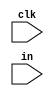
module assert_iverilog (clk,in);
 
// input & output
input clk;
input in;
 
// wire & reg;
// wire clk;
// wire in;
 
// inner wire & reg
 
/* none */
 
// always clause defined here
 
always @(posedge clk)
begin
	if(in == 1'bx) begin
		$display("assert happened in %m in=%d\n",in);
	end
	else if(in !== 1)
	begin
		$display("assert happened in %m in=%d\n",in );
		// $finish;
	end
end
 
endmodule